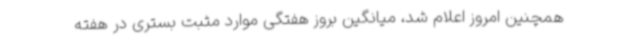
همچنین امروز اعلام شد، میانگین بروز هفتگی موارد مثبت بستری در هفته